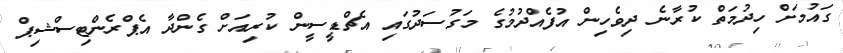
ގައުމަށް ހިދުމަތް ކުރާނެ ދިވެހިން އުފެއްދުމުގެ މަގުސަދުގައި އެޗްޑީސީން ކުރިއަށް ގެންދާ އެޕްރެންޓިސްޝިޕް